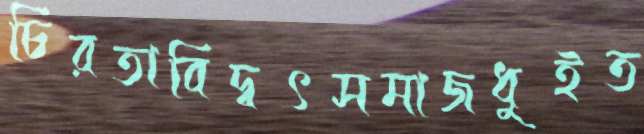
চিরতাবিদ্বৎসমাজধুইত